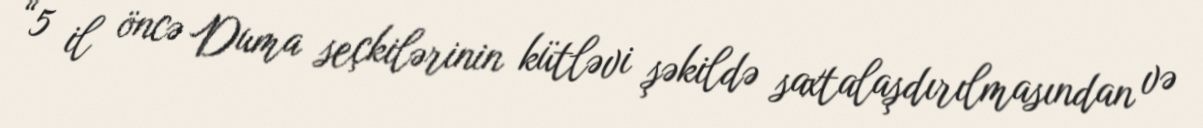
“5 il öncə Duma seçkilərinin kütləvi şəkildə saxtalaşdırılmasından və